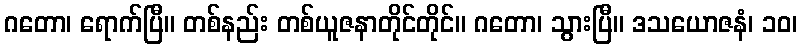
ဂတော၊ ရောက်ပြီ။ တစ်နည်း တစ်ယူဇနာတိုင်တိုင်။ ဂတော၊ သွားပြီ။ ဒသယောဇနံ၊ ၁၀၊